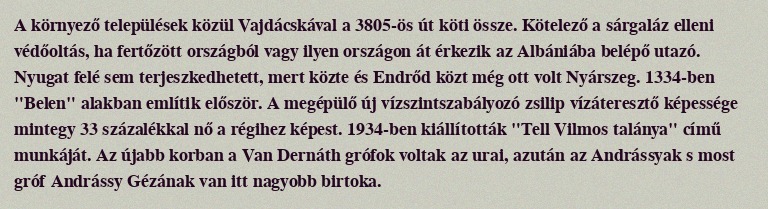
A környező települések közül Vajdácskával a 3805-ös út köti össze. Kötelező a sárgaláz elleni védőoltás, ha fertőzött országból vagy ilyen országon át érkezik az Albániába belépő utazó. Nyugat felé sem terjeszkedhetett, mert közte és Endrőd közt még ott volt Nyárszeg. 1334-ben "Belen" alakban említik először. A megépülő új vízszintszabályozó zsilip vízáteresztő képessége mintegy 33 százalékkal nő a régihez képest. 1934-ben kiállították "Tell Vilmos talánya" című munkáját. Az újabb korban a Van Dernáth grófok voltak az urai, azután az Andrássyak s most gróf Andrássy Gézának van itt nagyobb birtoka.